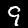
Label: 9